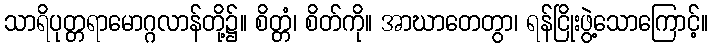
သာရိပုတ္တရာမောဂ္ဂလာန်တို့၌။ စိတ္တံ၊ စိတ်ကို။ အာဃာတေတွာ၊ ရန်ငြိုးဖွဲ့သောကြောင့်။